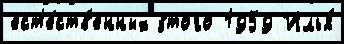
ест'е́ств'енных э́того 1959 Илья́